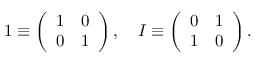
1 \equiv \left( \begin{array} { c c } { { 1 } } & { { 0 } } \\ { { 0 } } & { { 1 } } \end{array} \right) , \quad I \equiv \left( \begin{array} { c c } { { 0 } } & { { 1 } } \\ { { 1 } } & { { 0 } } \end{array} \right) .